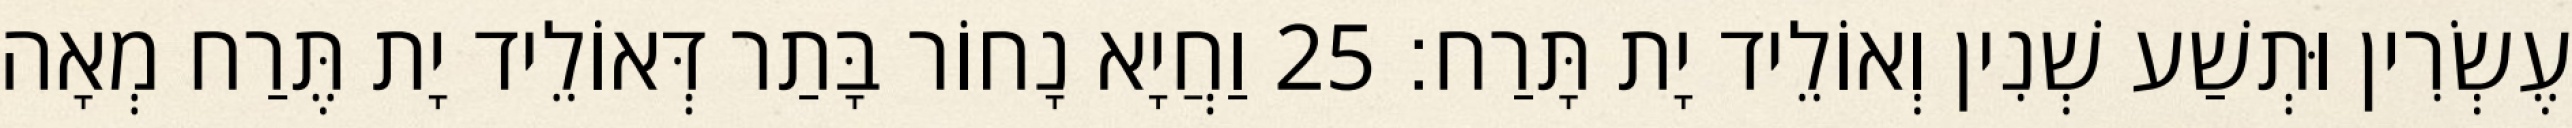
עֶשְׂרִין וּתְשַׁע שְׁנִין וְאוֹלֵיד יָת תָּרַח׃ 25 וַחֲיָא נָחוֹר בָּתַר דְּאוֹלֵיד יָת תֶּרַח מְאָה